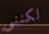
لكننى